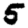
Digit: 5